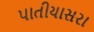
પાતીયાસરા